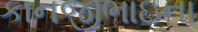
કાનજીભાઇના